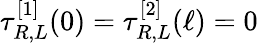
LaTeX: \tau_{R,L}^{[1]}(0)=\tau_{R,L}^{[2]}(\ell)=0